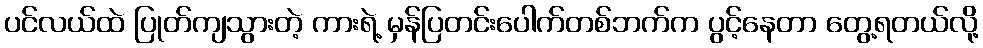
ပင်လယ်ထဲ ပြုတ်ကျသွားတဲ့ ကားရဲ့ မှန်ပြတင်းပေါက်တစ်ဘက်က ပွင့်နေတာ တွေ့ရတယ်လို့